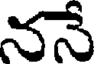
ననే